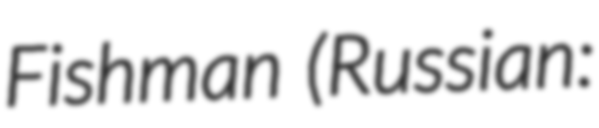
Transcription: Fishman (Russian: